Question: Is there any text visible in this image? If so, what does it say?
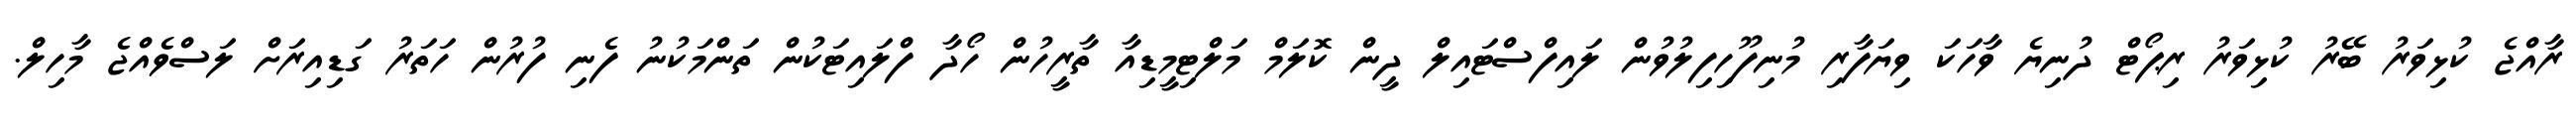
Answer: ރާއްޖެ ކުޅިވަރު ބޭރު ކުޅިވަރު ރިޕޯޓް ދުނިޔެ ވާހަކަ ވިޔަފާރި މުނިފޫހިފިލުވުން ލައިފްސްޓައިލް ދީން ކޮލަމް މަލްޓިމީޑިއާ ތާރީހުން ހޯދާ ފްލައިޓަކުން ތަންމަކުނު ފެނި ފުރުން ހަތަރު ގަޑިއިރަށް ލަސްވެއްޖެ މާހިލް.